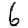
Digit: 6